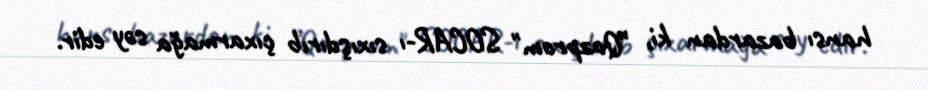
hansı bazardan ki, ”Qazprom" SOCAR-ı sıxışdırıb çıxarmağa səy edir.